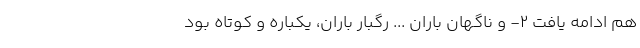
هم ادامه یافت ٢- و ناگهان باران ... رگبار باران، یکباره و کوتاه بود